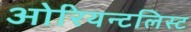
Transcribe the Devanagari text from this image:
ओरियन्टलिस्ट